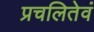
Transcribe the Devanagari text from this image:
प्रचलितेवं